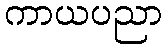
ကာယပညာ